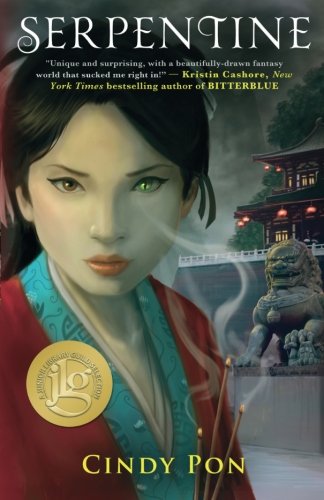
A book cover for Serpentine; Cindy Pon; Teen & Young Adult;